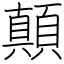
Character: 顛